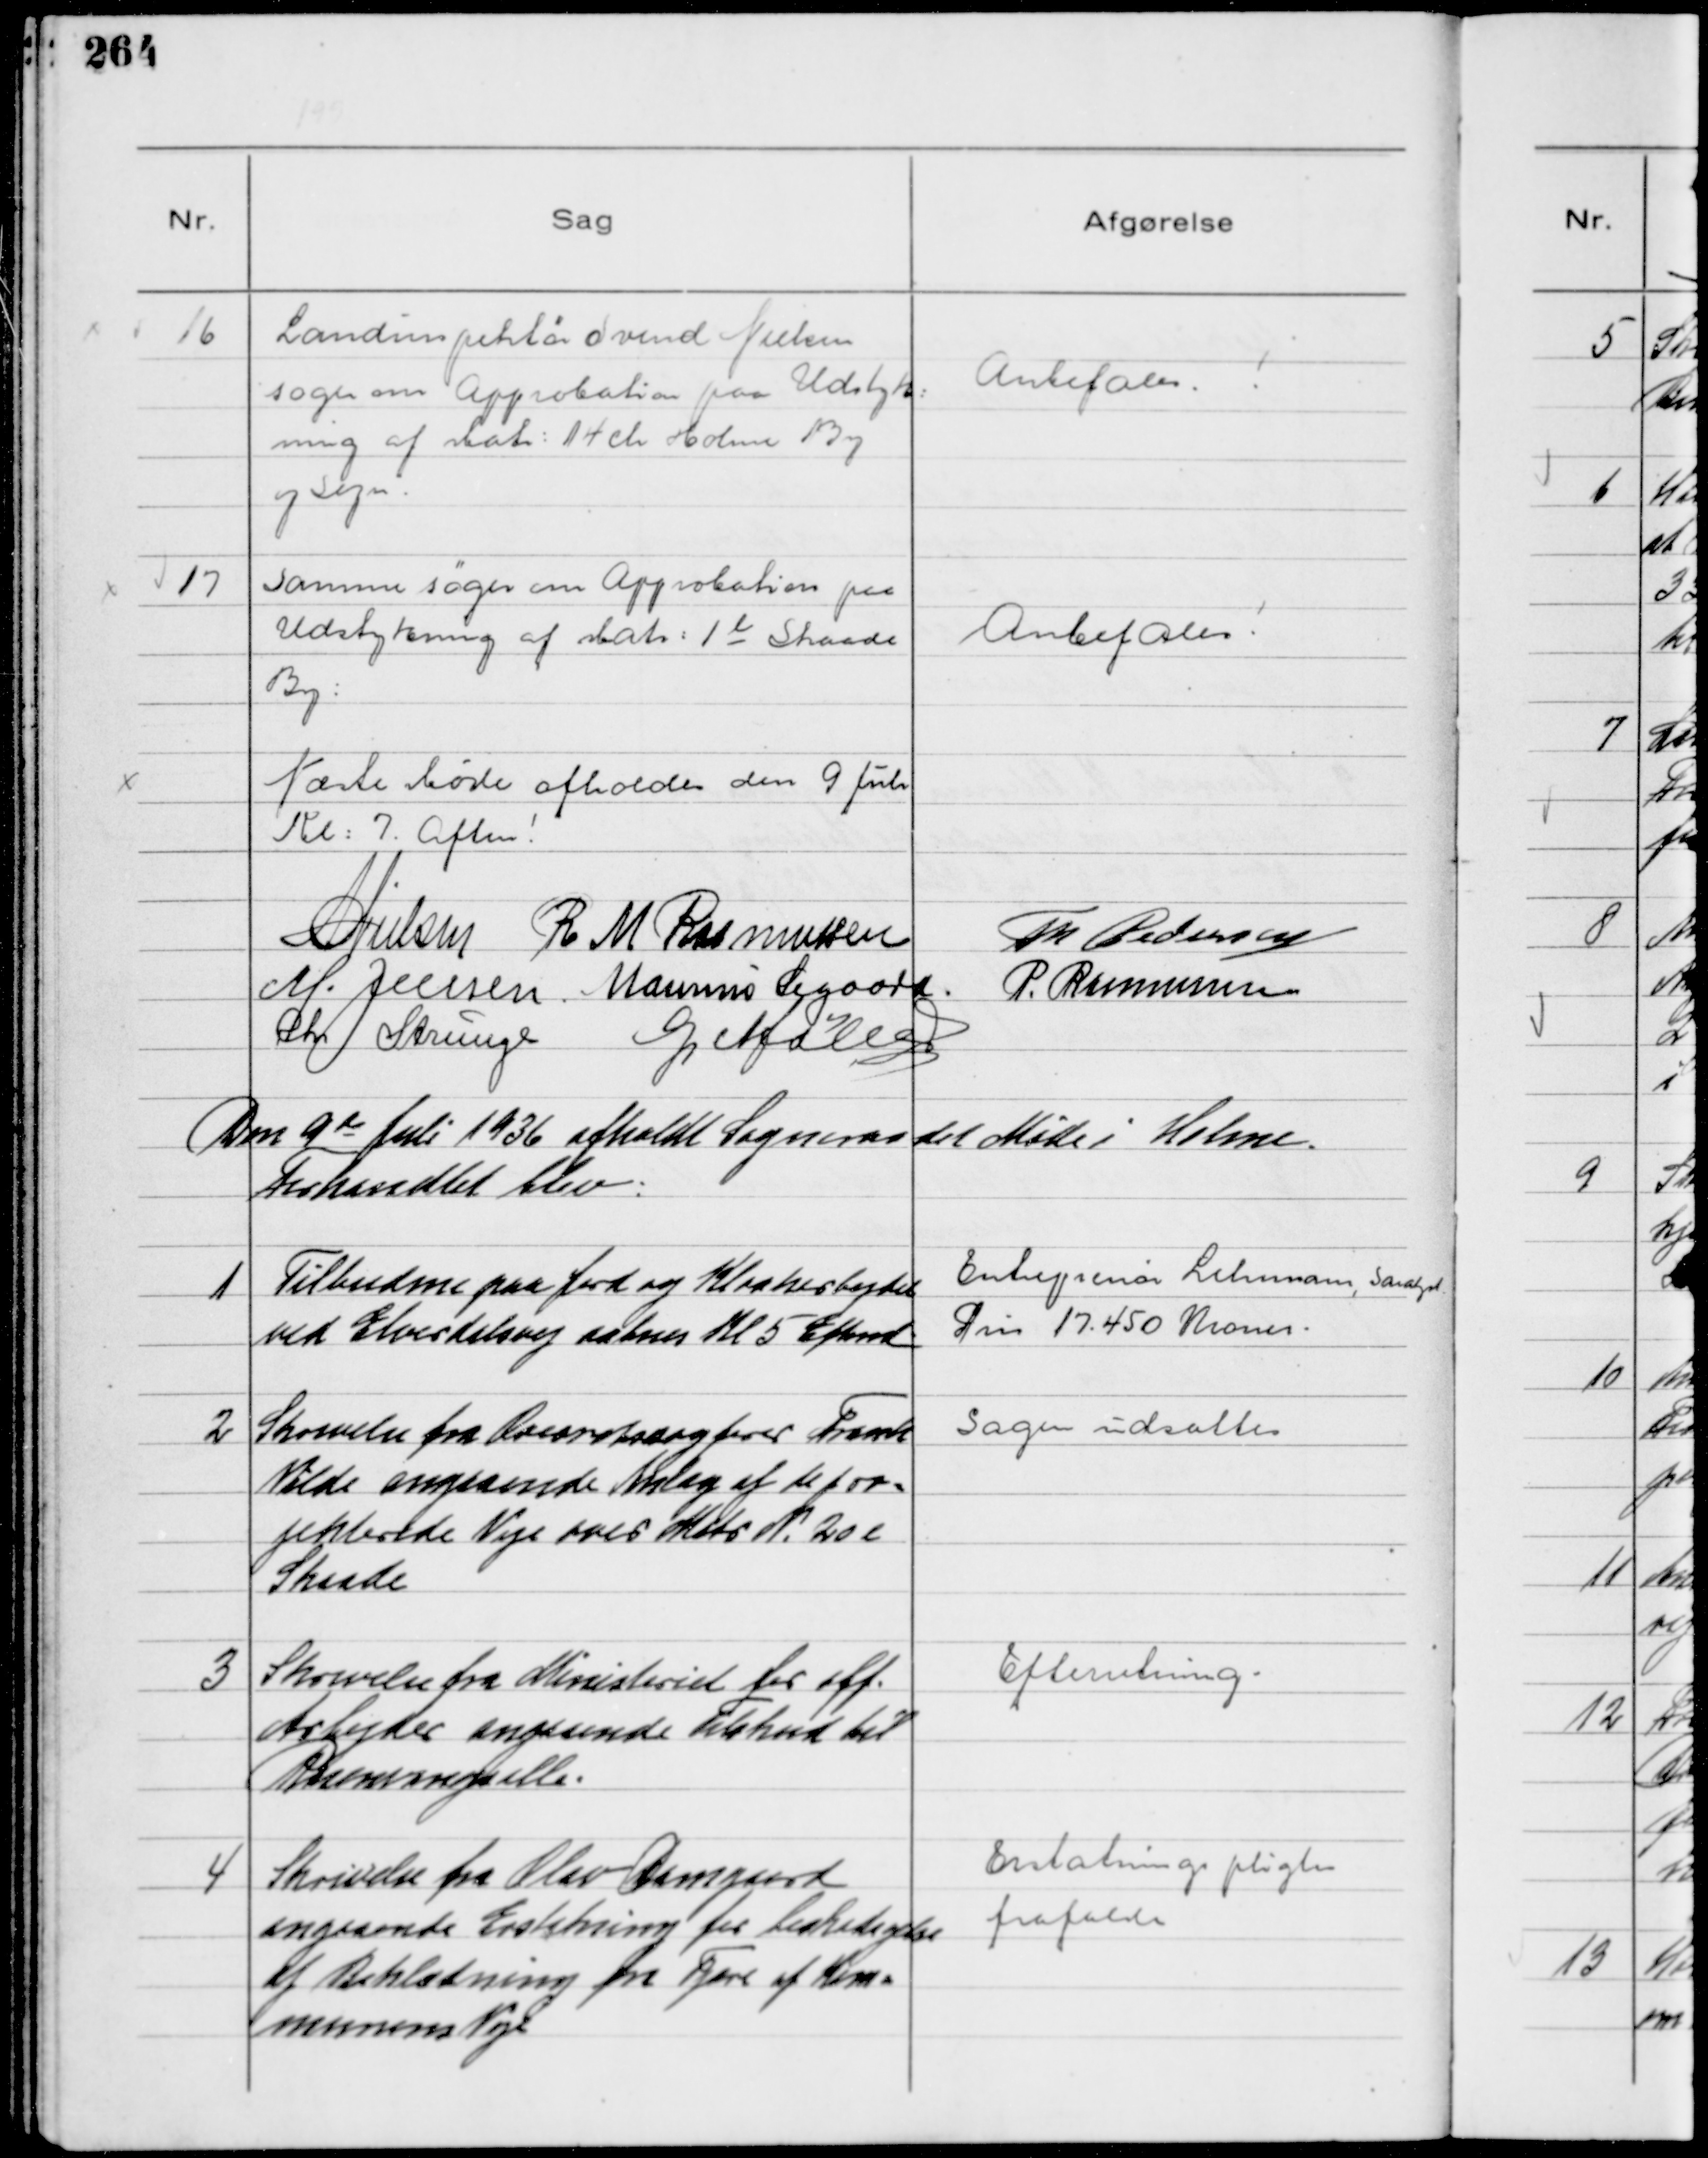
Transskription:
16
Landinspektør Svend Nielsen
søger om Approbation paa Udstyk-
ning af Matr: 14 ch Holme By
og Sogn

Anbefales

17
Samme søger om Approbation paa
Udstykning af Matr: 1 l Skaade
By

Anbefales!

Næste Møde afholdes den 9 Juli
Kl: 7. Aften!
NNielsen R M Rasmussen Th Pedersen
M. Jensen Marinus Sigaard. P. Rasmussen
Chr Strunge G Møller

Den 9de Juli 1936 afholdt Sogneraadet Møde i Holme.
Forhandlet blev:

1
Tilbudene paa Jord og Kloakarbejdet
ved Elverdalsvej aabnes Kl 5 Eftmd

Entreprenør Lehman, Saralyst
Pris 17.450 Kroner.

2
Skrivelse fra Overretsagfører Frank
Vilde angaaende Anlæg af de pro-
jekterede Veje over Matr N. 20l
Skaade

Sagen Udsattes

3
Skrivelse fra Ministeriet for off.
Arbejder angaaende Tilskud til
Rosenvangsalle.

Efterretning

4
Skrivelse fra Olav Damgaard
angaaende Erstatning for beskadigelse
af Beklædning fra Tjære af Kom-
munens Veje

Erstatningspligten
frafaldes